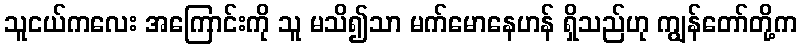
သူငယ်ကလေး အကြောင်းကို သူ မသိ၍သာ မက်မောနေဟန် ရှိသည်ဟု ကျွန်တော်တို့က